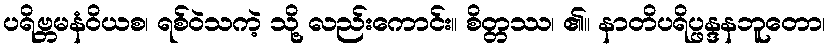
ပရိဗ္ဘမနံဝိယစ၊ ရစ်ဝဲသကဲ့ သို့ လည်းကောင်း။ စိတ္တဿ၊ ၏။ နာတိပရိပ္ဖန္ဒနဘူတော၊